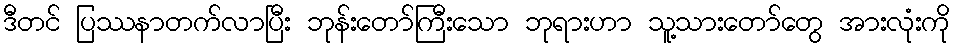
ဒီတင် ပြဿနာတက်လာပြီး ဘုန်းတော်ကြီးသော ဘုရားဟာ သူ့သားတော်တွေ အားလုံးကို